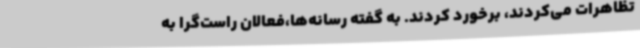
تظاهرات می‌کردند، برخورد کردند. به گفته رسانه‌ها،فعالان راست‌گرا به